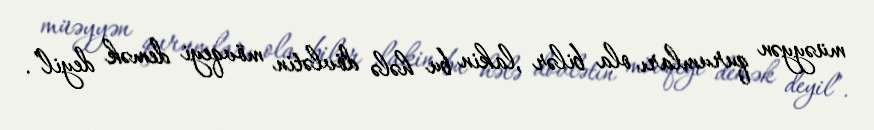
müəyyən qurumları ola bilər ,lakin bu hələ dövlətin mövqeyi demək deyil”.